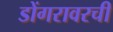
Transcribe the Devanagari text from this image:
डोंगरावरची